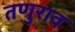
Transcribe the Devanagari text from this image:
तणुराव